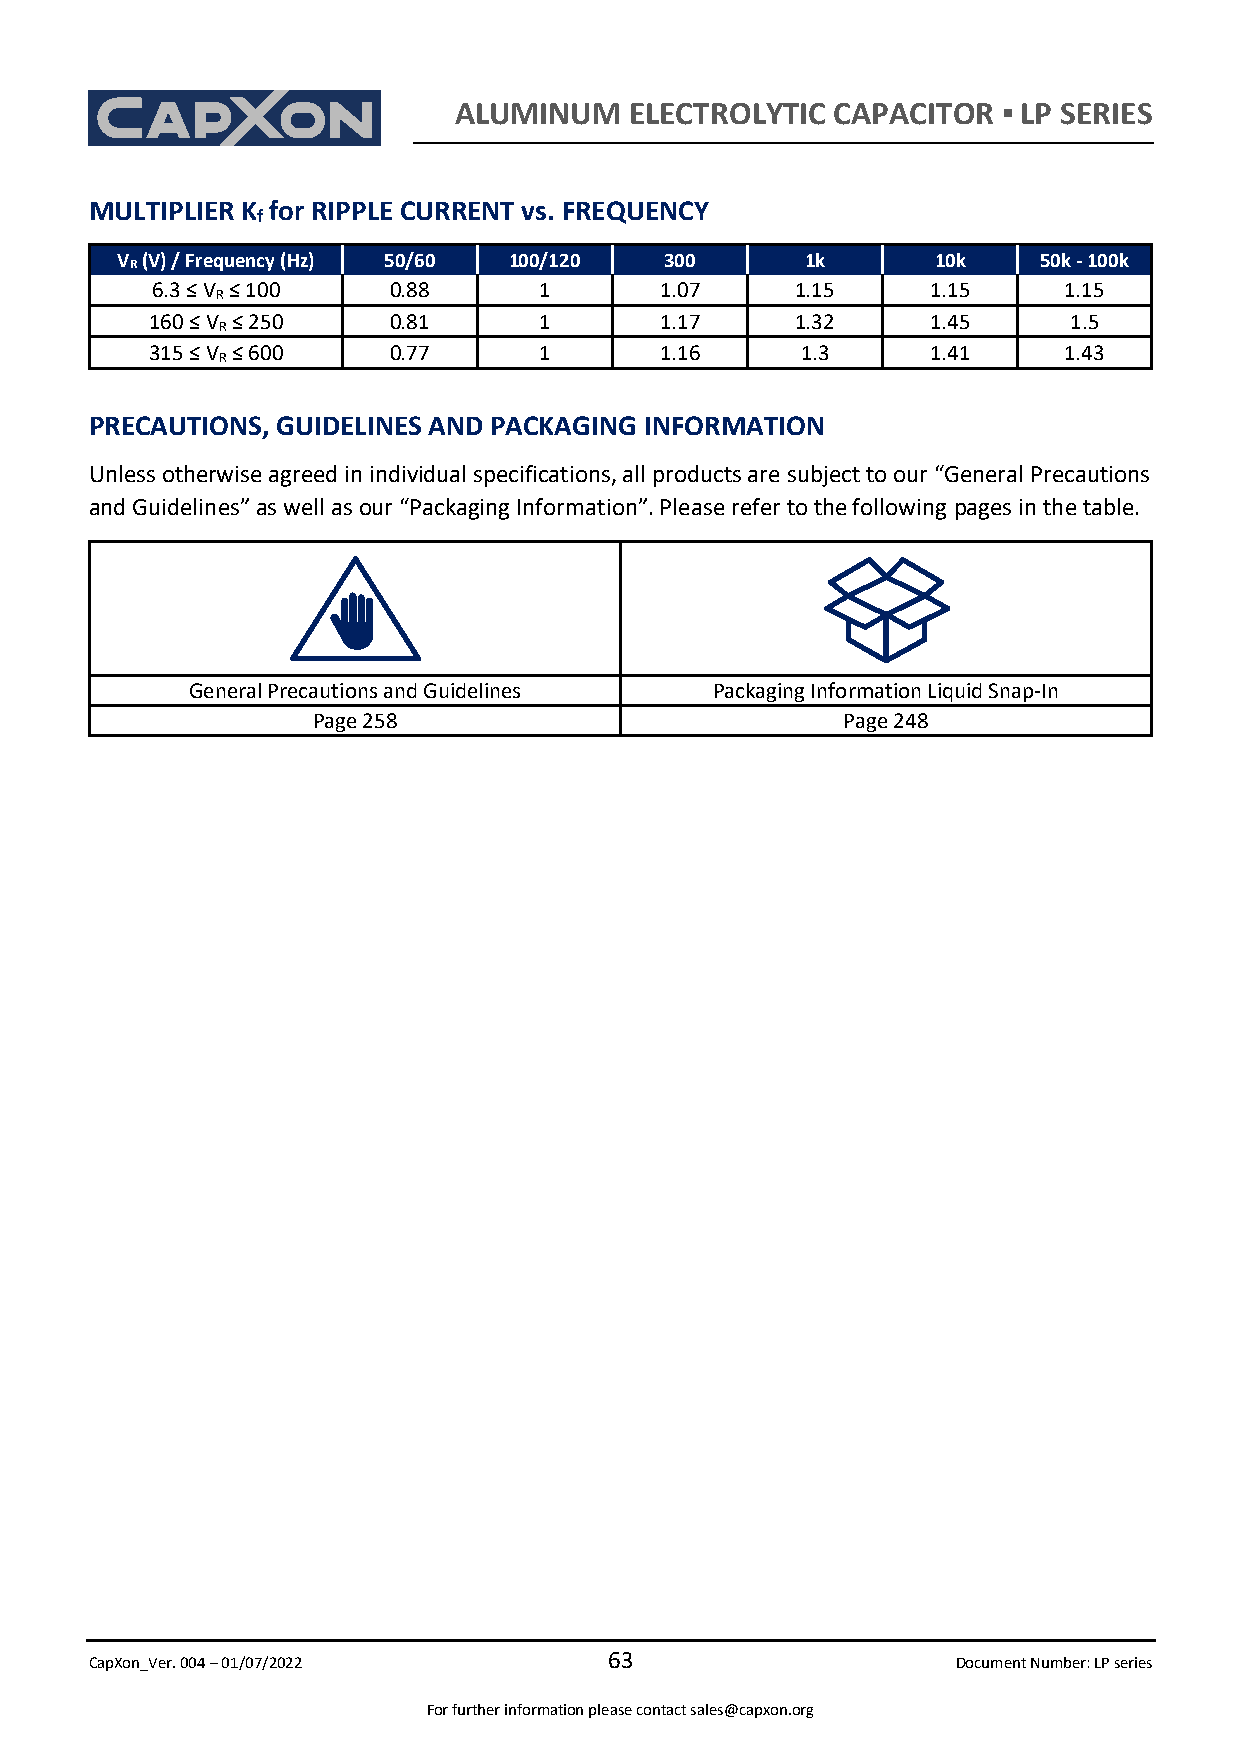
ALUMINUM    ELECTROLYTIC CAPACITOR  ▪ LP SERIES
 MULTIPLIER K for RIPPLE CURRENT vs. FREQUENCY
 f
 V (V) / Frequency (Hz) 50/60 100/120 300     1k       10k    50k - 100k
 R
 6.3 ≤ V R ≤ 100 0.88      1       1.07     1.15     1.15    1.15
 160 ≤ V R ≤ 250 0.81      1       1.17     1.32     1.45     1.5
 315 ≤ V R ≤ 600 0.77      1       1.16     1.3      1.41    1.43
 PRECAUTIONS, GUIDELINES AND PACKAGING INFORMATION
 Unless otherwise agreed in individual specifications, all products are subject to our “General Precautions
 and Guidelines” as well as our “Packaging Information”. Please refer to the following pages in the table.
 General Precautions and Guidelines Packaging Information Liquid Snap-In
 Page 258                           Page 248
 CapXon_Ver. 004 – 01/07/2022
 63
 Document Number: LP series
 For further information please contact sales@capxon.org